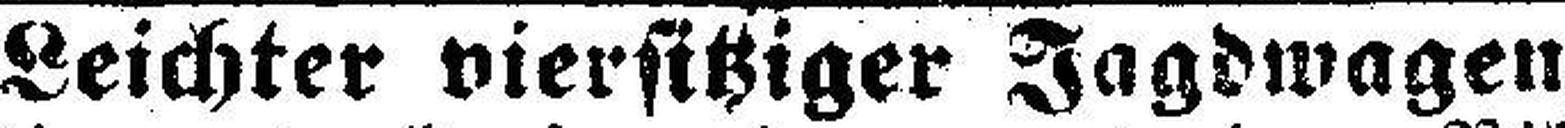
Leichter viersitziger Jagdwagen